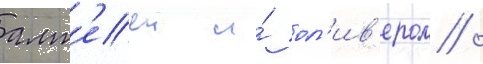
алт'ееи и́ ол'ив'ером /